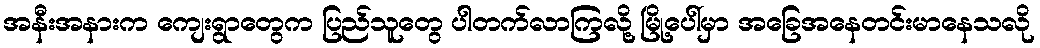
အနီးအနားက ကျေးရွာတွေက ပြည်သူတွေ ပါတက်လာကြလို့ မြို့ပေါ်မှာ အခြေအနေတင်းမာနေသလို